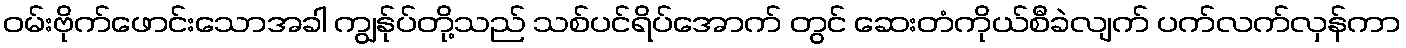
ဝမ်းဗိုက်ဖောင်းသောအခါ ကျွန်ုပ်တို့သည် သစ်ပင်ရိပ်အောက် တွင် ဆေးတံကိုယ်စီခဲလျက် ပက်လက်လှန်ကာ